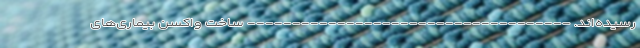
رسیده‌اند. ------------------------------------ ساخت واکسن بیماری‌های